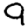
Digit: 9